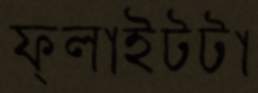
ফ্লাইটটা